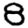
Digit: 8